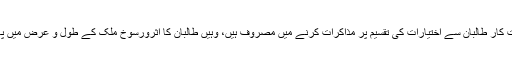
جہاں سفارت کار طالبان سے اختیارات کی تقسیم پر مذاکرات کرنے میں مصروف ہیں، وہیں طالبان کا اثرورسوخ ملک کے طول و عرض میں پھیل رہا ہے۔